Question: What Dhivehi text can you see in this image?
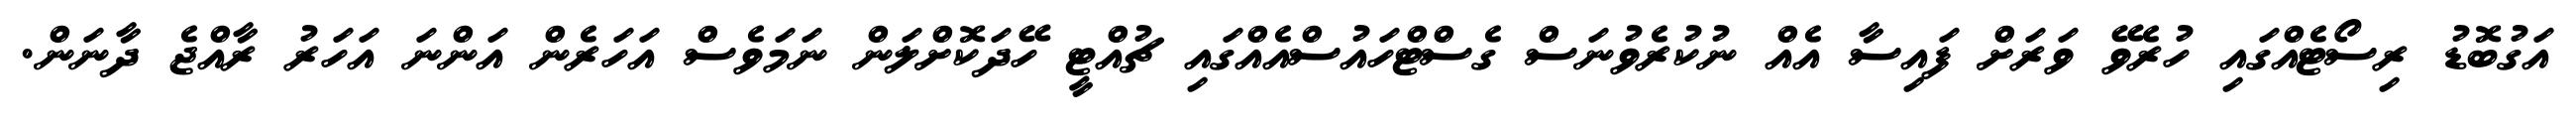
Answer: އަގުބޮޑު ރިސޯޓެއްގައި ހުރެވޭ ވަރަށް ފައިސާ އެއް ނުކުރެވުނަސް ގެސްޓްހައުސްއެއްގައި ޗުއްޓީ ހޭދަކޮށްލަން ނަމަވެސް އަހަރެން އަންނަ އަހަރު ރާއްޖެ ދާނަން.